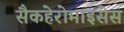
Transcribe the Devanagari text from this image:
सैकहेरोमाइसेस